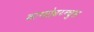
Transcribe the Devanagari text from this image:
काम्प्तोढ़य्न्चुस